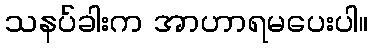
သနပ်ခါးက အာဟာရမပေးပါ။